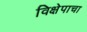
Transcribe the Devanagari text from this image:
विक्षेपाचा